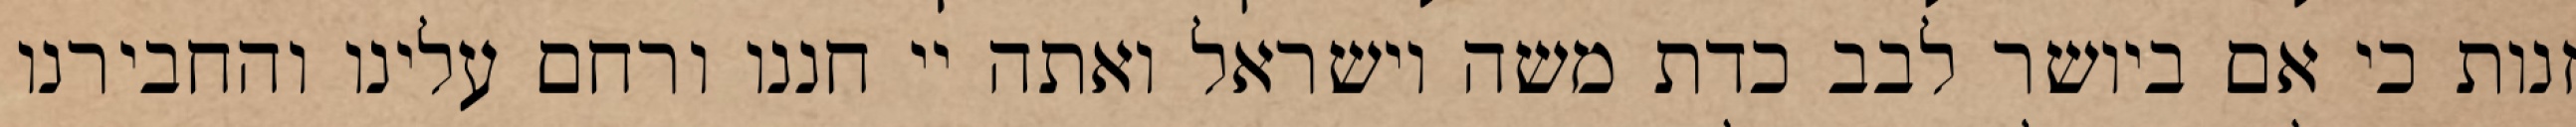
זנות כי אם ביושר לבב כדת משה וישראל ואתה יי חננו ורחם עלינו והחבירנו